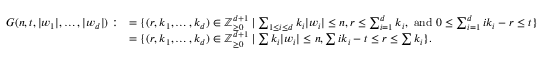
\begin{array} { r l } { G ( n , t , | w _ { 1 } | , \ldots , | w _ { d } | ) : } & { = \{ ( r , k _ { 1 } , \ldots , k _ { d } ) \in { \mathbb { Z } } _ { \geq 0 } ^ { d + 1 } \mid \sum _ { 1 \leq i \leq d } k _ { i } | w _ { i } | \leq n , r \leq \sum _ { i = 1 } ^ { d } k _ { i } \mathrm { , ~ a n d ~ } 0 \leq \sum _ { i = 1 } ^ { d } i k _ { i } - r \leq t \} } \\ & { = \{ ( r , k _ { 1 } , \ldots , k _ { d } ) \in { \mathbb { Z } } _ { \geq 0 } ^ { d + 1 } \mid \sum k _ { i } | w _ { i } | \leq n , \sum i k _ { i } - t \leq r \leq \sum k _ { i } \} . } \end{array}